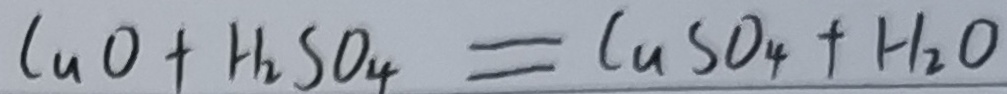
C u O _ { 4 } + H _ { 2 } S O _ { 4 } = C u S O _ { 4 } + H _ { 2 } O